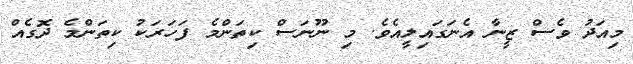
މިއަދު ވެސް ޒީނާ އެނަގައިލީއެވެ. މި ނޫނަސް ކިތަންމެ ފަހަރަކު ކިތަންމެ ދޮގެއް